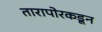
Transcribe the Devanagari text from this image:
तारापोरकडून